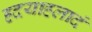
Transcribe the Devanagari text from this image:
ह्रदयाहलादं